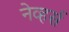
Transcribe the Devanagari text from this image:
नेव्हर्स